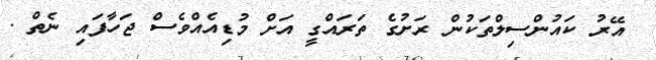
އޭރު ކައުންސިލްތަކުން ރަށުގެ ތަރައްގީ އަށް މުޑިއެއްވެސް ޖަހާފައި ނެތް .